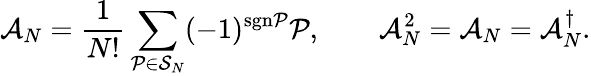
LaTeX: \mathcal{A}_{N}=\frac{1}{N!}\sum_{\mathcal{P}\in\mathcal{S}_{N}}(-1)^{\mathrm{sgn}\mathcal{P}}\mathcal{P},\qquad\mathcal{A}_{N}^{2}=\mathcal{A}_{N}=\mathcal{A}_{N}^{\dagger}.